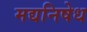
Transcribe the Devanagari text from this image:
मद्यनिषेध